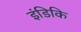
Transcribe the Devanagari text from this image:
इंडिकि